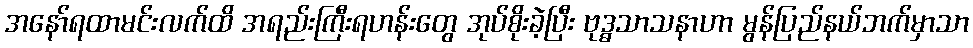
အနော်ရထာမင်းလက်ထိ အရည်းကြီးရဟန်းတွေ အုပ်စိုးခဲ့ပြီး ဗုဒ္ဓသာသနာဟာ မွန်ပြည်နယ်ဘက်မှာသာ